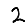
Digit: 2